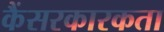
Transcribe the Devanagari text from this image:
कैंसरकारकता